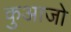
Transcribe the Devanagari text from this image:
कुआजो